Civil Veterinary Department. Central Provinces & Berar 1925-31 - 1925-1931
Year: 1925
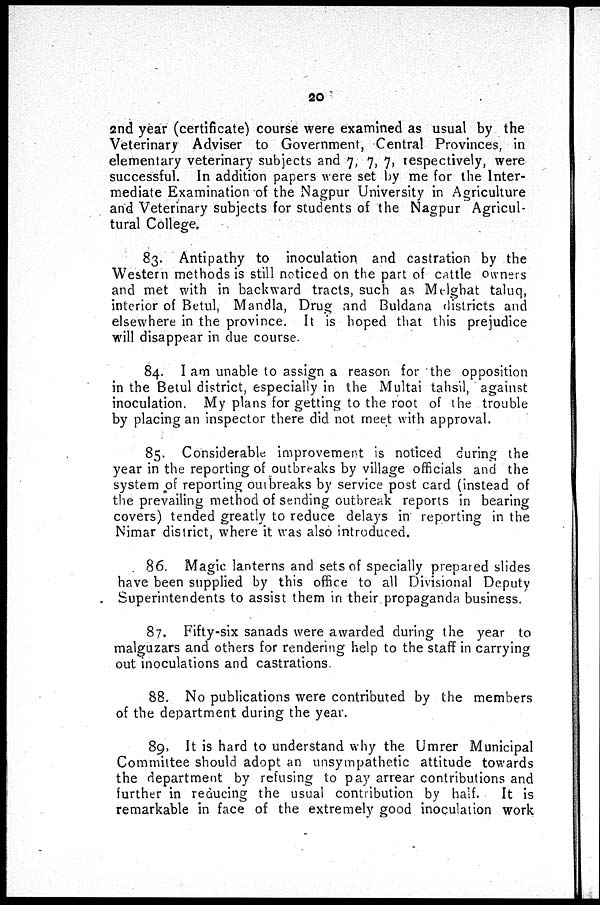
20
2nd year (certificate) course were examined as usual by the
Veterinary Adviser to Government, Central Provinces, in
elementary veterinary subjects and 7, 7, 7, respectively, were
successful. In addition papers were set by me for the Inter-
mediate Examination of the Nagpur University in Agriculture
and Veterinary subjects for students of the Nagpur Agricul-
tural College.
83. Antipathy to inoculation and castration by the
Western methods is still noticed on the part of cattle owners
and met with in backward tracts, such as Melghat taluq,
interior of Betul, Mandla, Drug and Buldana districts and
elsewhere in the province. It is hoped that this prejudice
will disappear in due course.
84. I am unable to assign a reason for the opposition
in the Betul district, especially in the Multai tahsil, against
inoculation. My plans for getting to the root of the trouble
by placing an inspector there did not meet with approval.
85. Considerable improvement is noticed during the
year in the reporting of outbreaks by village officials and the
system of reporting outbreaks by service post card (instead of
the prevailing method of sending outbreak reports in bearing
covers) tended greatly to reduce delays in reporting in the
Nimar district, where it was also introduced.
86. Magic lanterns and sets of specially prepared slides
have been supplied by this office to all Divisional Deputy
Superintendents to assist them in their propaganda business.
87. Fifty-six sanads were awarded during the year to
malguzars and others for rendering help to the staff in carrying
out inoculations and castrations.
88. No publications were contributed by the members
of the department during the year.
89. It is hard to understand why the Umrer Municipal
Committee should adopt an unsympathetic attitude towards
the department by refusing to pay arrear contributions and
further in reducing the usual contribution by half. It is
remarkable in face of the extremely good inoculation work